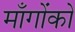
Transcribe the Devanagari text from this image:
माँगोंको